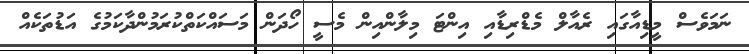
ނަމަވެސް މީޑިއާގައި ރެއާލް މެޑްރިޑާއި އިންޓަ މިލާންއިން މެސީ ހޯދަން މަސައްކަތްކުރަމުންދާކަމުގެ އަޑުތަކެއް